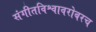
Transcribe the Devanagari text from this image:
संगीतविश्वावरोबरच